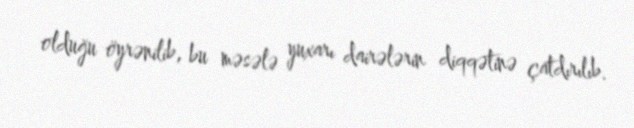
olduğu öyrənilib, bu məsələ yuxarı dairələrin diqqətinə çatdırılıb.